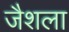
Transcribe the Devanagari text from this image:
जैशला